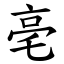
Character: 亳